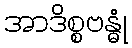
အာဒိစ္စဗန္ဓုံ